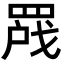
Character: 𬙣